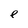
Character: e